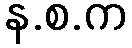
န.စ.က